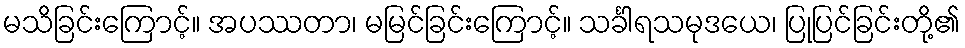
မသိခြင်းကြောင့်။ အပဿတာ၊ မမြင်ခြင်းကြောင့်။ သင်္ခါရသမုဒယေ၊ ပြုပြင်ခြင်းတို့၏